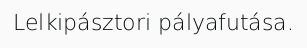
Lelkipásztori pályafutása.